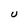
Character: U